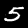
Label: 5